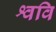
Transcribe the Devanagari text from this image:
श्ववि